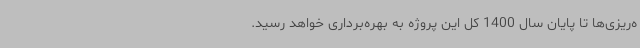
ه‌ریزی‌ها تا پایان سال 1400 کل این پروژه به بهره‌برداری خواهد رسید.